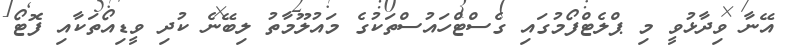
އޭނާ ވިދާޅުވީ މި ޕްލެޓްފޯމުގައި ގެސްޓްހައުސްތަކުގެ މައުލޫމާތު ލިބޭނެ ކުދި ވީޑިއޯތަކާއި ފޮޓޯ